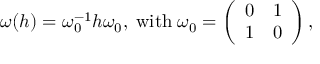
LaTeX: \omega ( h ) = \omega _ { 0 } ^ { - 1 } h \omega _ { 0 } , \; \mathrm { w i t h } \; \omega _ { 0 } = \left( \begin{array} { c c } { { 0 } } & { { 1 } } \\ { { 1 } } & { { 0 } } \end{array} \right) ,